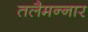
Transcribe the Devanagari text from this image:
तलैमन्‍नार